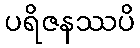
ပရိဇနဿပိ